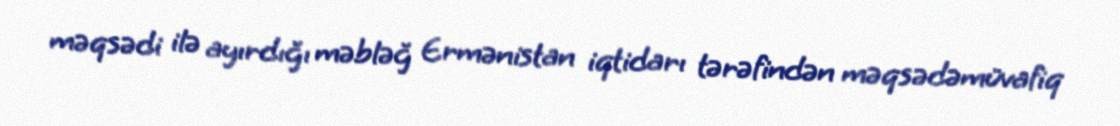
məqsədi ilə ayırdığı məbləğ Ermənistan iqtidarı tərəfindən məqsədəmüvafiq